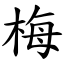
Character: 梅